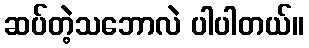
ဆပ်တဲ့သဘောလဲ ပါပါတယ်။